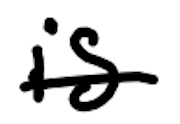
Text: is
Cross-out: single-line
Writing tool: digital_black